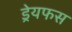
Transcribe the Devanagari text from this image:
ड्रेयफस